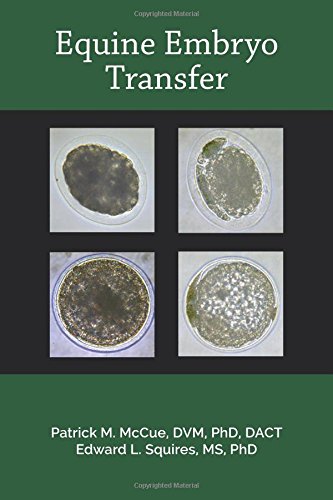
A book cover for Equine Embryo Transfer; Patrick M. McCue; Medical Books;